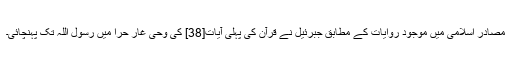
مصادر اسلامی میں موجود روایات کے مطابق جبرئیل نے قرآن کی پہلی آیات[38] کی وحی غار حرا میں رسول اللہ تک پہنچائی۔